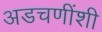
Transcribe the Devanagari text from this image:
अडचणींशी